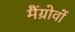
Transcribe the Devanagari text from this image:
मैंग्रोवों